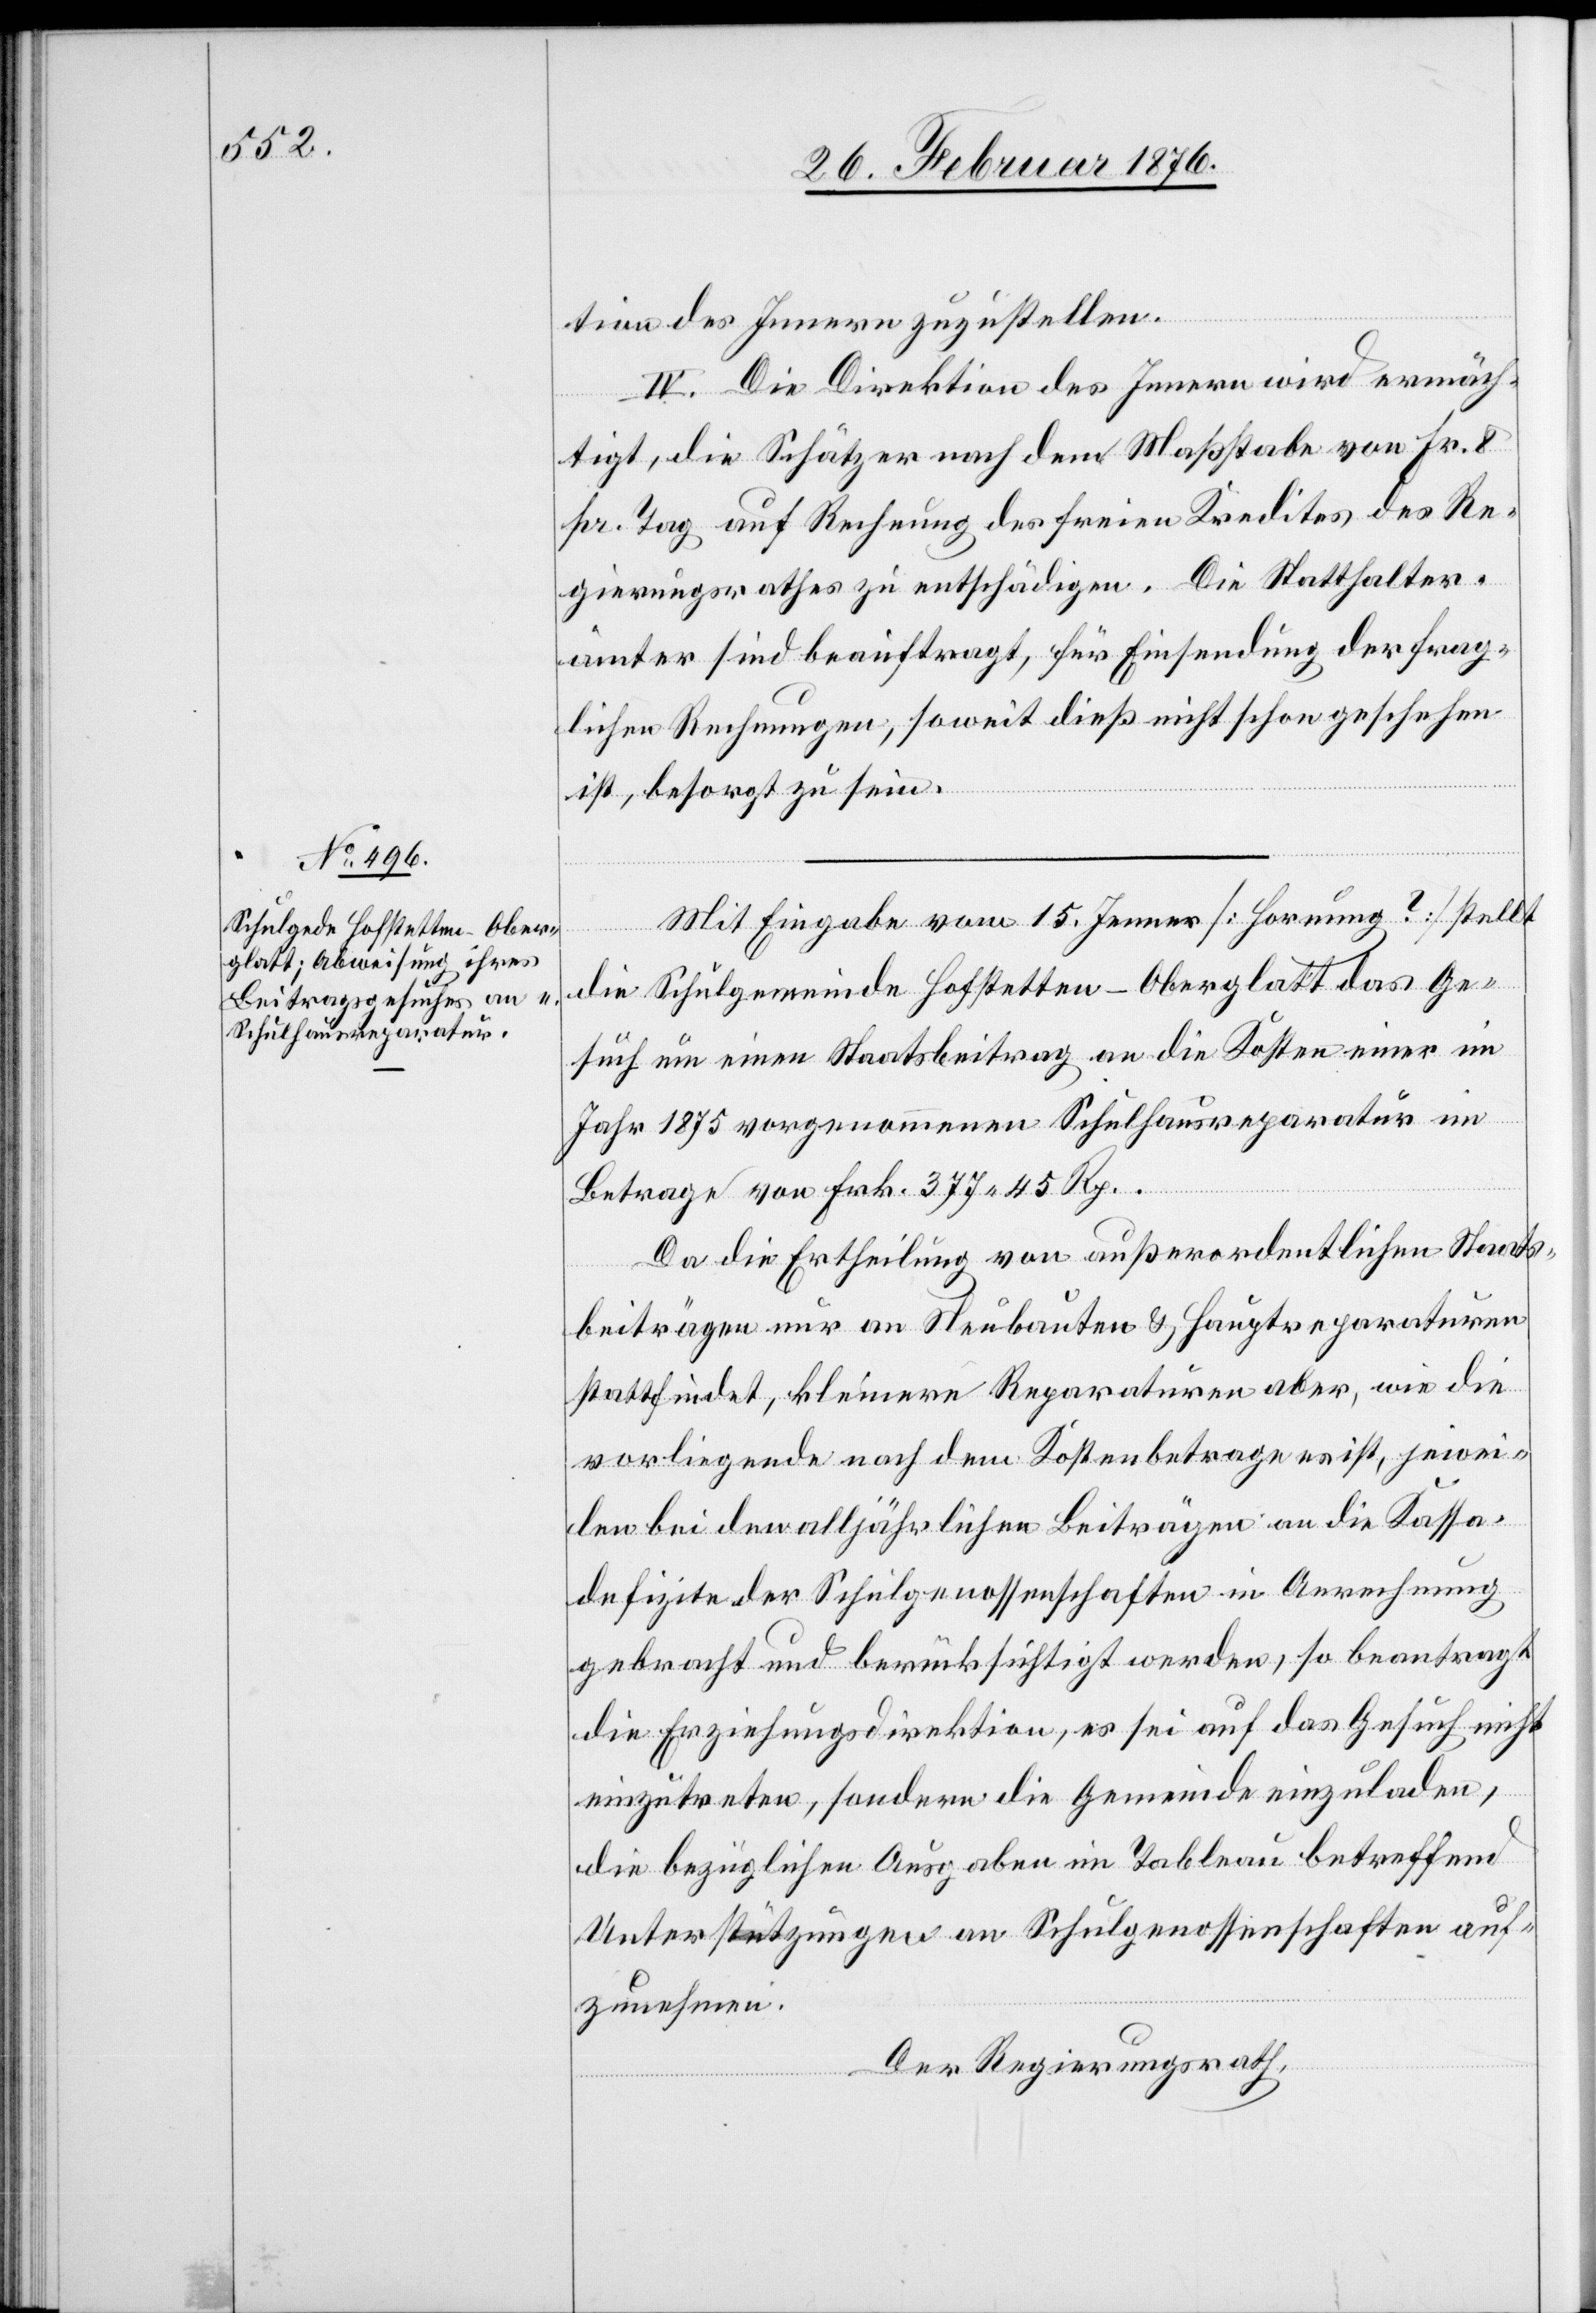
tion des Innern zuzustellen.
IV. Die Direktion des Innern wird ermäch¬
tigt, die Schätzer nach dem Maßstabe von Fr. 8
pr. Tag auf Rechnung des freien Kredites des Re¬
gierungsrathes zu entschädigen. Die Statthalter¬
ämter sind beauftragt, für Einsendung der frag¬
lichen Rechnungen, soweit dies nicht schon geschehen
ist, besorgt zu sein.
Mit Eingabe vom 15. Jenner [Hornung ?] [sic!] stellt
die Schulgemeinde Hofstetten-Oberglatt das Ge¬
such um einen Staatsbeitrag an die Kosten einer im
Jahr 1875 vorgenommenen Schulhausreparatur im
Betrage von Frk. 377 45 Rp.
Da die Ertheilung von außerordentlichen Staats¬
beiträgen nur an Neubauten & Hauptreparaturen
stattfindet, kleinere Reparaturen aber, wie die
vorliegende nach dem Kostenbetrage es ist, jewei¬
len bei den alljährlichen Beiträgen an die Kassen¬
defizite der Schulgenossenschaften in Anrechnung
gebracht und berücksichtigt werden, so beantragt
die Erziehungsdirektion, es sei auf das Gesuch nicht
einzutreten, sondern die Gemeinde einzuladen,
die bezüglichen Ausgaben im Tableau betreffend
Unterstützungen an Schulgenossenschaften auf¬
zunehmen.
Der Regierungsrath,